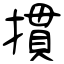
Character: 摜